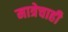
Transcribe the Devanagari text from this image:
मात्रेचाही